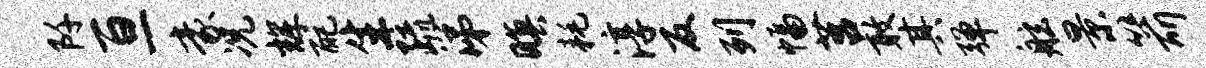
阡亘豪况辉配生疏涕暝耗淳反列幅莒敢其弹舷景箭